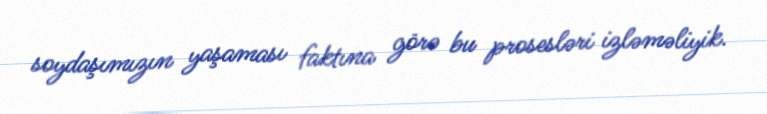
soydaşımızın yaşaması faktına görə bu prosesləri izləməliyik.